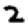
Digit: 2